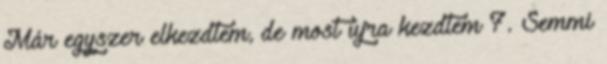
Már egyszer elkezdtem, de most újra kezdtem 7. Semmi